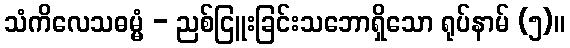
သံကိလေသဓမ္မံ - ညစ်ငြူးခြင်းသဘောရှိသော ရုပ်နာမ် (၅)။